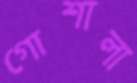
গোশালা